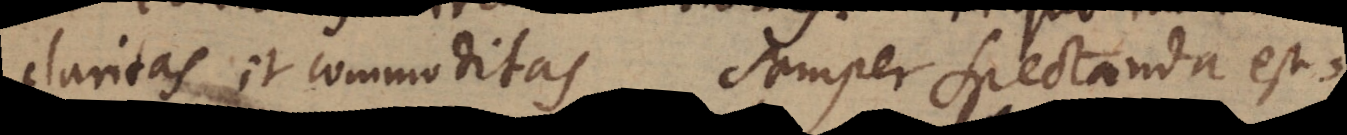
claritas et commoditas semper spectanda est,